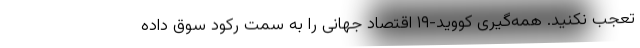
تعجب نکنید. همه‌گیری کووید-۱۹ اقتصاد جهانی را به سمت رکود سوق داده